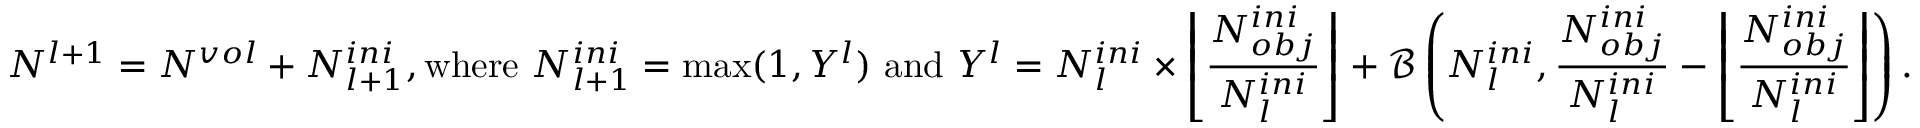
N ^ { l + 1 } = N ^ { v o l } + N _ { l + 1 } ^ { i n i } , \mathrm { w h e r e ~ } N _ { l + 1 } ^ { i n i } = \operatorname* { m a x } ( 1 , Y ^ { l } ) \mathrm { ~ a n d ~ } Y ^ { l } = N _ { l } ^ { i n i } \times \left\lfloor \frac { N _ { o b j } ^ { i n i } } { N _ { l } ^ { i n i } } \right\rfloor + \mathcal { B } \left( N _ { l } ^ { i n i } , \frac { N _ { o b j } ^ { i n i } } { N _ { l } ^ { i n i } } - \left\lfloor \frac { N _ { o b j } ^ { i n i } } { N _ { l } ^ { i n i } } \right\rfloor \right) .